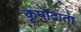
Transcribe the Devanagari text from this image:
कृपादाता